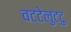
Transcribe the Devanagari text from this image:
वट्टेलुट्टु